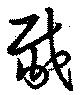
胾